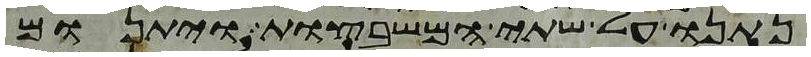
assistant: נתנו על שתי המשבצות ויתנום